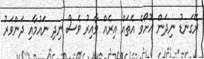
ރޭގަނޑު ނިދަން އޮށޯވެ އެތައް އިރެއް ވާއިރު ވެސް ނިދި ނައުމާއި ދަންވަރު